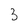
Character: 3